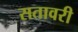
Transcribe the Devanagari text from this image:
सतावरी